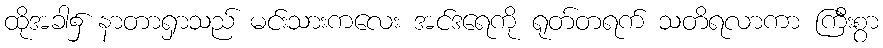
ထိုအခါ၌ နာတာရှာသည် မင်းသားကလေး အင်ဒရေကို ရုတ်တရက် သတိရလာကာ ကြီးစွာ